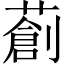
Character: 𦼃